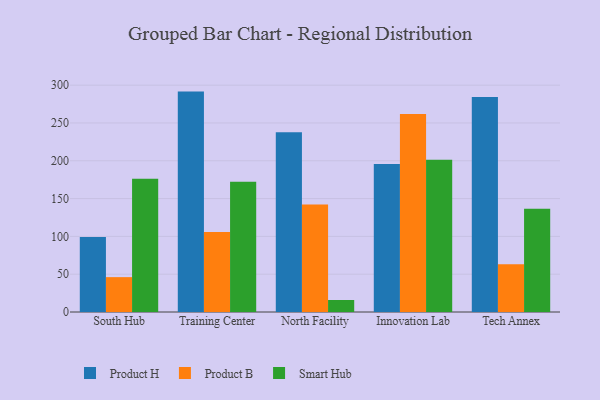
{"axis": {"x": "Campus", "y": "Operating Costs (USD K)"}, "legend": ["Product B", "Product H", "Smart Hub"], "data": [{"x": "South Hub", "y": 99.3, "type": "Product H"}, {"x": "South Hub", "y": 46.1, "type": "Product B"}, {"x": "South Hub", "y": 176.4, "type": "Smart Hub"}, {"x": "Training Center", "y": 291.5, "type": "Product H"}, {"x": "Training Center", "y": 105.8, "type": "Product B"}, {"x": "Training Center", "y": 172.3, "type": "Smart Hub"}, {"x": "North Facility", "y": 237.9, "type": "Product H"}, {"x": "North Facility", "y": 142.2, "type": "Product B"}, {"x": "North Facility", "y": 15.9, "type": "Smart Hub"}, {"x": "Innovation Lab", "y": 195.6, "type": "Product H"}, {"x": "Innovation Lab", "y": 261.9, "type": "Product B"}, {"x": "Innovation Lab", "y": 201.4, "type": "Smart Hub"}, {"x": "Tech Annex", "y": 284.5, "type": "Product H"}, {"x": "Tech Annex", "y": 63.1, "type": "Product B"}, {"x": "Tech Annex", "y": 136.7, "type": "Smart Hub"}]}